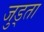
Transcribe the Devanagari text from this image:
जुड्ता